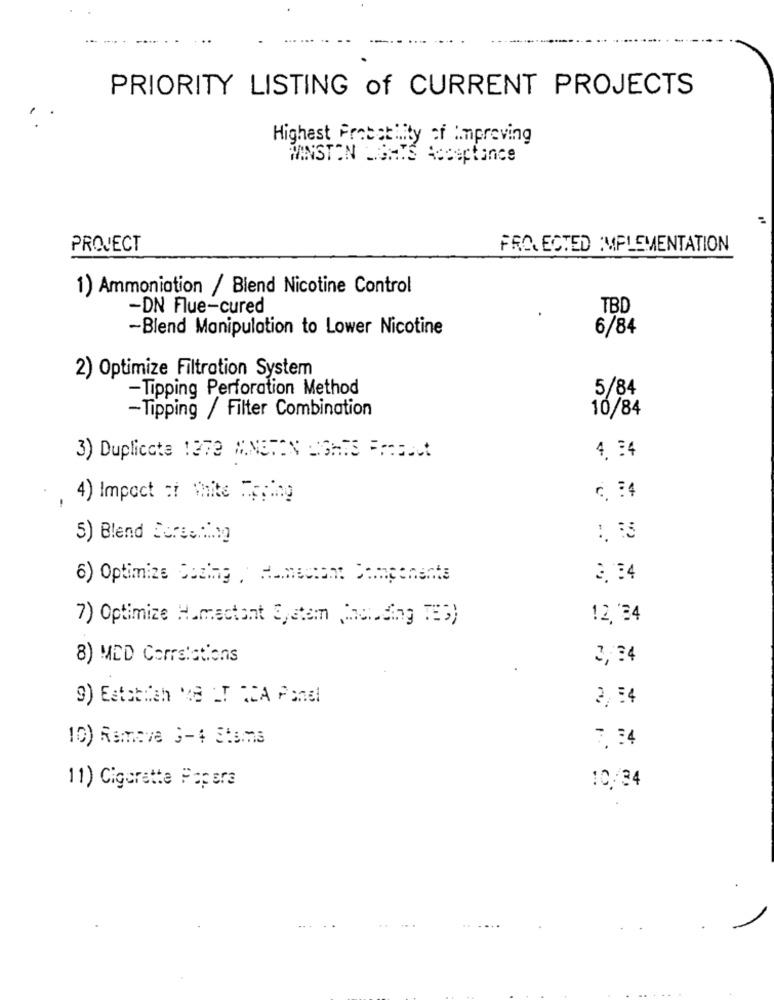
PRIORITY LISTING of CURRENT PROJECTS
Highest Probability of Improving
WINSTON LIGHTS
Acceptance
PROJECT
FRO. ECTED IMPLEMENTATION
1) Ammoniation / Blend Nicotine Control
-DN Flue-cured
TBD
-Blend Manipulation to Lower Nicotine
6/84
2) Optimize Filtration System
-Tipping Perforation Method
5/84
-Tipping / Filter Combination
10/84
3) Duplicate 1272 #NETON EIGHTS Frault
4, 34
. 4) Impact :i White Toping
6. 84
5) Blend Erecting
..
6) Optimize Sosing ,Humectant Components
3.34
7) Optimize Humectant System (Melding TES)
12,34
8) MED Corrstations
3,34
9) Eststitch Ve ET RCA Panel
2,54
10) Remove 3-4 Stsms
7, 34
11) Cigarette Fopera
10.34
..